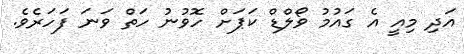
އަދި މިއީ އެ ގައުމު ވޯލްޑް ކަޕަށް ހޮވުނު ހަތް ވަނަ ފަހަރެވެ.